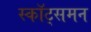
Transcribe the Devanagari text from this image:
स्कॉट्समन